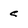
Character: c